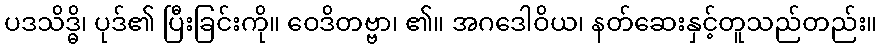
ပဒသိဒ္ဓိ၊ ပုဒ်၏ ပြီးခြင်းကို။ ဝေဒိတဗ္ဗာ၊ ၏။ အဂဒေါဝိယ၊ နတ်ဆေးနှင့်တူသည်တည်း။